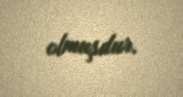
olmuşdur.